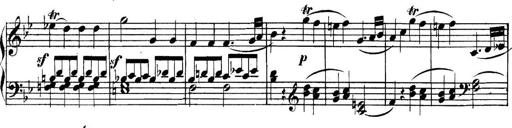
Title: Collected Piano Sonatas
Composer: Muzio Clementi